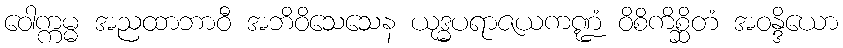
ဝေါက္ကမ္မ အညထာဘာဝီ အဘိဝိသေသေန ယုဒ္ဓပရာဇယကဏ္ဍံ ဝိစိကိစ္ဆိတံ အဝန္ဒိယော